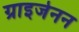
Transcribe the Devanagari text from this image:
ग्राइजेनन